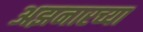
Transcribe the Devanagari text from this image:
अझनारच्या